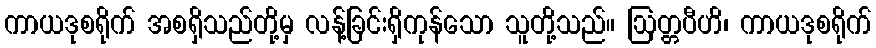
ကာယဒုစရိုက် အစရှိသည်တို့မှ လန့်ခြင်းရှိကုန်သော သူတို့သည်။ ဩတ္တပီဟိ၊ ကာယဒုစရိုက်